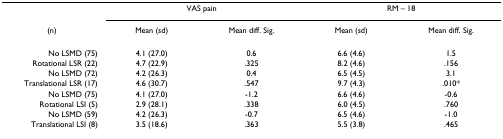
<table><thead><tr><td></td><td colspan="2"><b>VAS pain</b></td><td colspan="2"><b>RM – 18</b></td></tr><tr><td><b>(n)</b></td><td><b>Mean (sd)</b></td><td><b>Mean diff. Sig.</b></td><td><b>Mean (sd)</b></td><td><b>Mean diff. Sig.</b></td></tr></thead><tbody><tr><td>No LSMD (75)</td><td>4.1 (27.0)</td><td>0.6</td><td>6.6 (4.6)</td><td>1.5</td></tr><tr><td>Rotational LSR (22)</td><td>4.7 (22.9)</td><td>.325</td><td>8.2 (4.6)</td><td>.156</td></tr><tr><td>No LSMD (72)</td><td>4.2 (26.3)</td><td>0.4</td><td>6.5 (4.5)</td><td>3.1</td></tr><tr><td>Translational LSR (17)</td><td>4.6 (30.7)</td><td>.547</td><td>9.7 (4.3)</td><td>.010*</td></tr><tr><td>No LSMD (75)</td><td>4.1 (27.0)</td><td>-1.2</td><td>6.6 (4.6)</td><td>-0.6</td></tr><tr><td>Rotational LSI (5)</td><td>2.9 (28.1)</td><td>.338</td><td>6.0 (4.5)</td><td>.760</td></tr><tr><td>No LSMD (59)</td><td>4.2 (26.3)</td><td>-0.7</td><td>6.5 (4.6)</td><td>-1.0</td></tr><tr><td>Translational LSI (8)</td><td>3.5 (18.6)</td><td>.363</td><td>5.5 (3.8)</td><td>.465</td></tr></tbody></table>